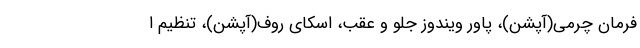
فرمان چرمی(آپشن)، پاور ویندوز جلو و عقب، اسکای روف(آپشن)، تنظیم ا